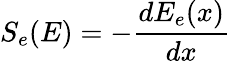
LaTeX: S_{e}(E)=-\frac{dE_{e}(x)}{dx}